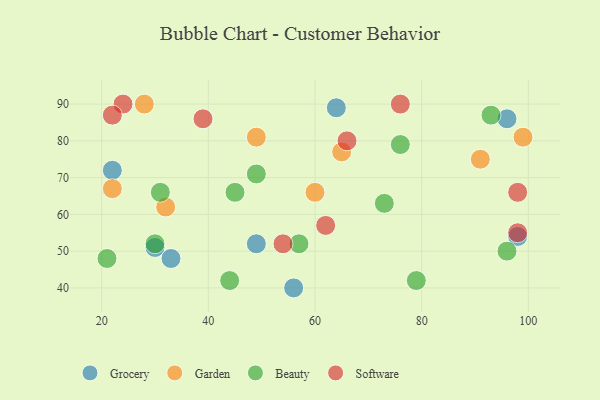
{"axis": {"x": "GDP", "y": "Life Expectancy"}, "legend": ["Beauty", "Garden", "Grocery", "Software"], "data": [{"x": "98", "y": 54, "type": "Grocery"}, {"x": "49", "y": 52, "type": "Grocery"}, {"x": "30", "y": 51, "type": "Grocery"}, {"x": "64", "y": 89, "type": "Grocery"}, {"x": "56", "y": 40, "type": "Grocery"}, {"x": "33", "y": 48, "type": "Grocery"}, {"x": "96", "y": 86, "type": "Grocery"}, {"x": "22", "y": 72, "type": "Grocery"}, {"x": "99", "y": 81, "type": "Garden"}, {"x": "22", "y": 67, "type": "Garden"}, {"x": "28", "y": 90, "type": "Garden"}, {"x": "60", "y": 66, "type": "Garden"}, {"x": "49", "y": 81, "type": "Garden"}, {"x": "65", "y": 77, "type": "Garden"}, {"x": "32", "y": 62, "type": "Garden"}, {"x": "91", "y": 75, "type": "Garden"}, {"x": "73", "y": 63, "type": "Beauty"}, {"x": "76", "y": 79, "type": "Beauty"}, {"x": "96", "y": 50, "type": "Beauty"}, {"x": "44", "y": 42, "type": "Beauty"}, {"x": "45", "y": 66, "type": "Beauty"}, {"x": "49", "y": 71, "type": "Beauty"}, {"x": "31", "y": 66, "type": "Beauty"}, {"x": "79", "y": 42, "type": "Beauty"}, {"x": "21", "y": 48, "type": "Beauty"}, {"x": "93", "y": 87, "type": "Beauty"}, {"x": "30", "y": 52, "type": "Beauty"}, {"x": "57", "y": 52, "type": "Beauty"}, {"x": "62", "y": 57, "type": "Software"}, {"x": "98", "y": 55, "type": "Software"}, {"x": "39", "y": 86, "type": "Software"}, {"x": "98", "y": 66, "type": "Software"}, {"x": "24", "y": 90, "type": "Software"}, {"x": "66", "y": 80, "type": "Software"}, {"x": "54", "y": 52, "type": "Software"}, {"x": "76", "y": 90, "type": "Software"}, {"x": "22", "y": 87, "type": "Software"}]}